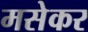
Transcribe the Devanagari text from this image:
मसेकर